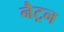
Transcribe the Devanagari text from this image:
नैट्रन